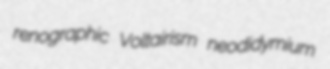
renographic Voltairism neodidymium